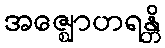
အဇ္ဈောဟရန္တိ